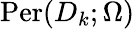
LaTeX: \mathrm{Per}(D_{k};\Omega)